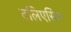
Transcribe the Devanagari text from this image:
टलिएसिन